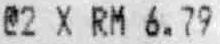
@2 X RM 6.79